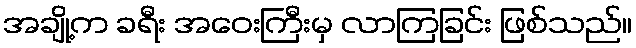
အချို့က ခရီး အဝေးကြီးမှ လာကြခြင်း ဖြစ်သည်။